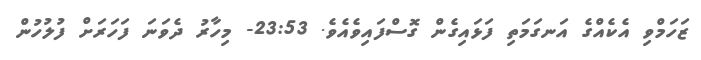
ޒަހަމްވި އެކެއްގެ އަނގަމަތި ފަޅައިގެން ގޮސްފައިވެއެވެ. 23:53- މިހާރު ދެވަނަ ފަހަރަށް ފުލުހުން